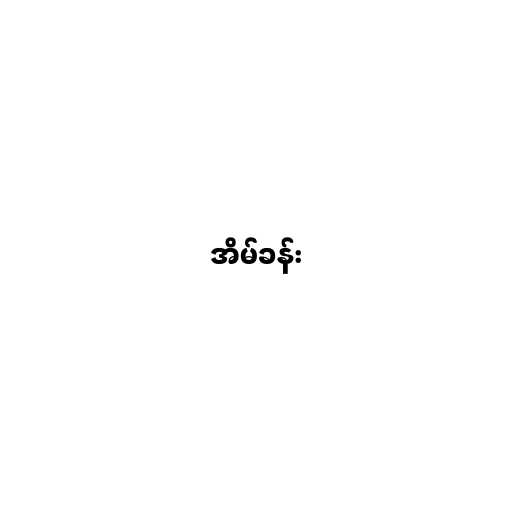
အိမ်ခန်း